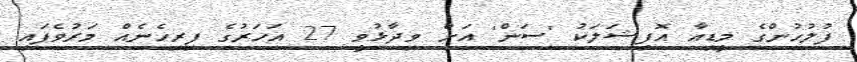
ފުލުހުންގެ މީޑިއާ އޮފިޝަލަކު 'ސަން' އަށް ވިދާޅުވީ 27 އަހަރުގެ ފިރިހެނެއް މަރުވެފައި